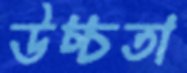
উচ্চতা